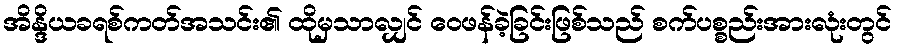
အိန္ဒိယခရစ်ကတ်အသင်း၏ ထိုမှသာလျှင် ဝေဖန်ခဲ့ခြင်းဖြစ်သည် စက်ပစ္စည်းအားလုံးတွင်